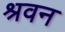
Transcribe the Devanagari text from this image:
श्रवन